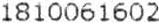
1810061602